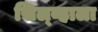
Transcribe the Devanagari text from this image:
सिल्व्हाला